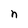
Character: n